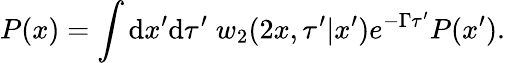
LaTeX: P(x)=\int\mathrm{d}x^{\prime}\mathrm{d}\tau^{\prime}\; w_{2}(2x,\tau^{\prime}|x^{\prime})e^{-\Gamma\tau^{\prime}}P(x^{\prime}).